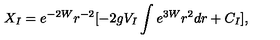
X _ { I } = e ^ { - 2 W } r ^ { - 2 } [ - 2 g V _ { I } \int e ^ { 3 W } r ^ { 2 } d r + C _ { I } ] ,